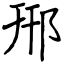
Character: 郉